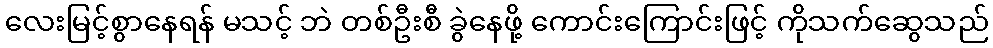
လေးမြင့်စွာနေရန် မသင့် ဘဲ တစ်ဦးစီ ခွဲနေဖို့ ကောင်းကြောင်းဖြင့် ကိုသက်ဆွေသည်